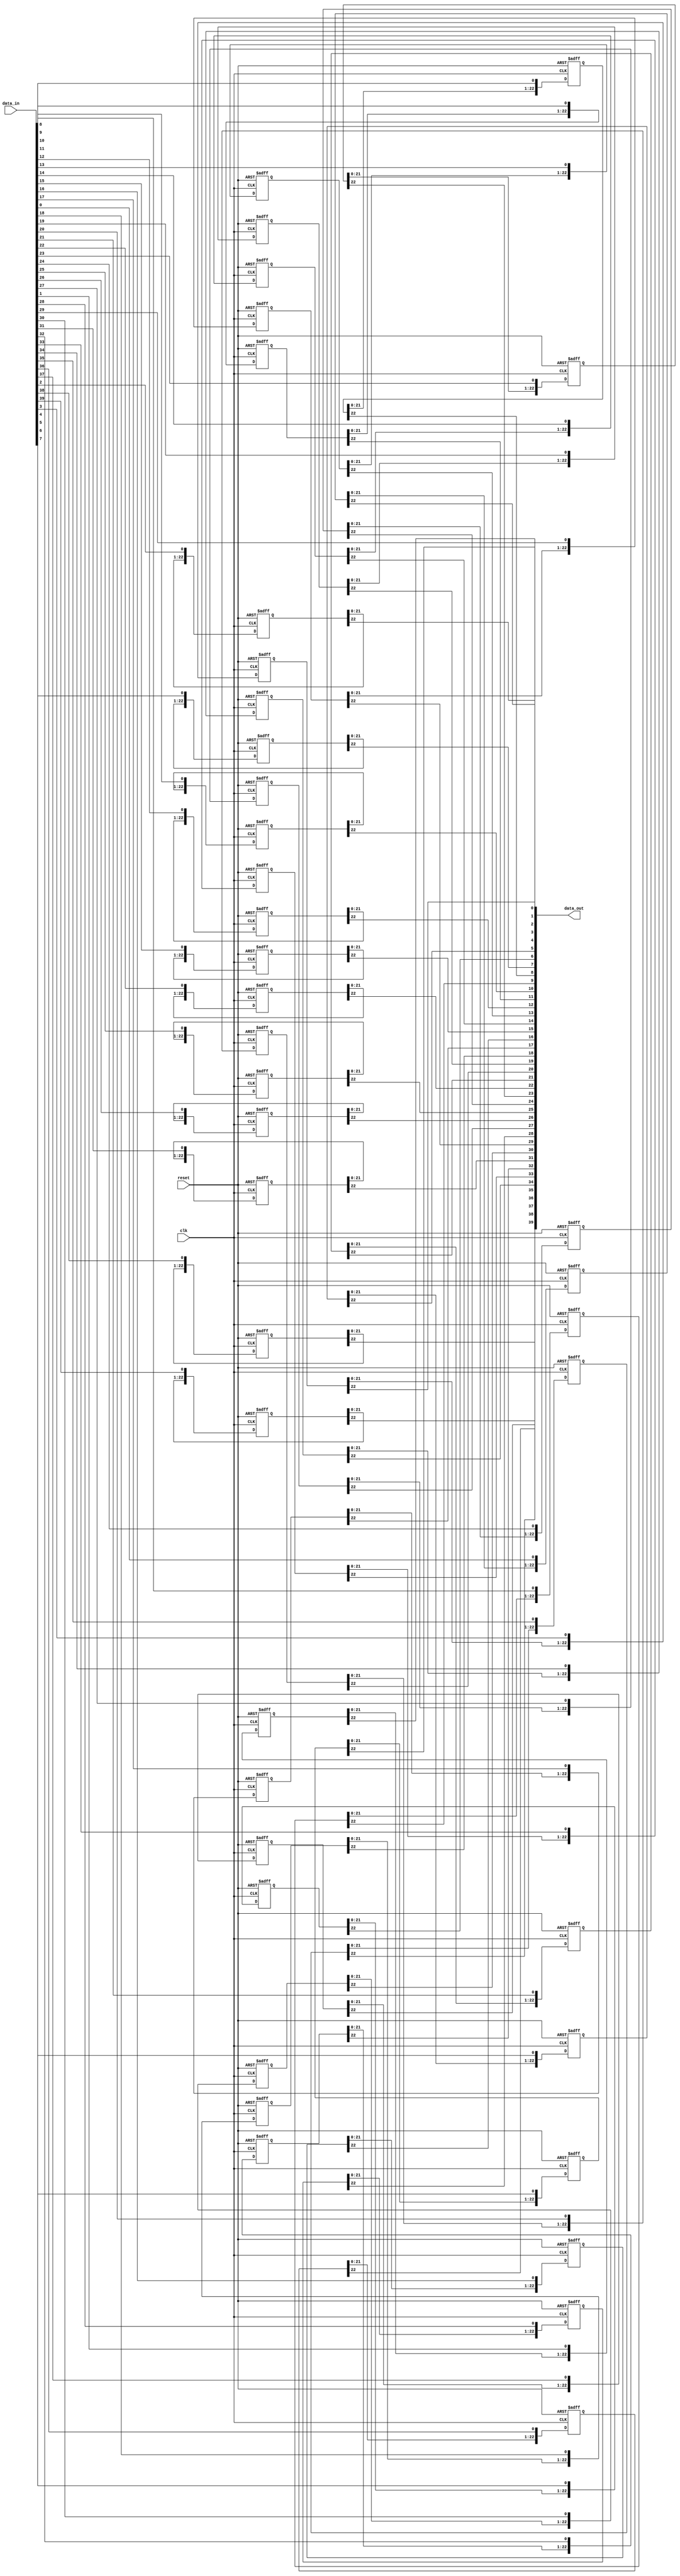
// Shifts data by a fixed depth.
// Optimize in future by finding a way to create 2-d arrays

module shift_40
(
  input clk,
  input reset,
  input signed [39:0] data_in,
  output signed [39:0] data_out
);

// Depth = D = n-k;
parameter IMAGE_WIDTH = 28;
parameter KERNEL_WIDTH = 5;
parameter D = IMAGE_WIDTH - KERNEL_WIDTH;

// Define holding register for each bit
reg [D-1:0] hr_0;
reg [D-1:0] hr_1;
reg [D-1:0] hr_2;
reg [D-1:0] hr_3;
reg [D-1:0] hr_4;
reg [D-1:0] hr_5;
reg [D-1:0] hr_6;
reg [D-1:0] hr_7;
reg [D-1:0] hr_8;
reg [D-1:0] hr_9;
reg [D-1:0] hr_10;
reg [D-1:0] hr_11;
reg [D-1:0] hr_12;
reg [D-1:0] hr_13;
reg [D-1:0] hr_14;
reg [D-1:0] hr_15;
reg [D-1:0] hr_16;
reg [D-1:0] hr_17;
reg [D-1:0] hr_18;
reg [D-1:0] hr_19;
reg [D-1:0] hr_20;
reg [D-1:0] hr_21;
reg [D-1:0] hr_22;
reg [D-1:0] hr_23;
reg [D-1:0] hr_24;
reg [D-1:0] hr_25;
reg [D-1:0] hr_26;
reg [D-1:0] hr_27;
reg [D-1:0] hr_28;
reg [D-1:0] hr_29;
reg [D-1:0] hr_30;
reg [D-1:0] hr_31;
reg [D-1:0] hr_32;
reg [D-1:0] hr_33;
reg [D-1:0] hr_34;
reg [D-1:0] hr_35;
reg [D-1:0] hr_36;
reg [D-1:0] hr_37;
reg [D-1:0] hr_38;
reg [D-1:0] hr_39;

always @ (posedge clk or posedge reset) begin
  if (reset) begin
    hr_0 <= 0;
    hr_1 <= 0;
    hr_2 <= 0;
    hr_3 <= 0;
    hr_4 <= 0;
    hr_5 <= 0;
    hr_6 <= 0;
    hr_7 <= 0;
    hr_8 <= 0;
    hr_9 <= 0;
    hr_10 <= 0;
    hr_11 <= 0;
    hr_12 <= 0;
    hr_13 <= 0;
    hr_14 <= 0;
    hr_15 <= 0;
    hr_16 <= 0;
    hr_17 <= 0;
    hr_18 <= 0;
    hr_19 <= 0;
    hr_20 <= 0;
    hr_21 <= 0;
    hr_22 <= 0;
    hr_23 <= 0;
    hr_24 <= 0;
    hr_25 <= 0;
    hr_26 <= 0;
    hr_27 <= 0;
    hr_28 <= 0;
    hr_29 <= 0;
    hr_30 <= 0;
    hr_31 <= 0;
    hr_32 <= 0;
    hr_33 <= 0;
    hr_34 <= 0;
    hr_35 <= 0;
    hr_36 <= 0;
    hr_37 <= 0;
    hr_38 <= 0;
    hr_39 <= 0;
  end else begin
    hr_0 [D-1:0] <= {hr_0[D-2:0], data_in[0]};
    hr_1 [D-1:0] <= {hr_1[D-2:0], data_in[1]};
    hr_2 [D-1:0] <= {hr_2[D-2:0], data_in[2]};
    hr_3 [D-1:0] <= {hr_3[D-2:0], data_in[3]};
    hr_4 [D-1:0] <= {hr_4[D-2:0], data_in[4]};
    hr_5 [D-1:0] <= {hr_5[D-2:0], data_in[5]};
    hr_6 [D-1:0] <= {hr_6[D-2:0], data_in[6]};
    hr_7 [D-1:0] <= {hr_7[D-2:0], data_in[7]};
    hr_8 [D-1:0] <= {hr_8[D-2:0], data_in[8]};
    hr_9 [D-1:0] <= {hr_9[D-2:0], data_in[9]};
    hr_10 [D-1:0] <= {hr_10[D-2:0], data_in[10]};
    hr_11 [D-1:0] <= {hr_11[D-2:0], data_in[11]};
    hr_12 [D-1:0] <= {hr_12[D-2:0], data_in[12]};
    hr_13 [D-1:0] <= {hr_13[D-2:0], data_in[13]};
    hr_14 [D-1:0] <= {hr_14[D-2:0], data_in[14]};
    hr_15 [D-1:0] <= {hr_15[D-2:0], data_in[15]};
    hr_16 [D-1:0] <= {hr_16[D-2:0], data_in[16]};
    hr_17 [D-1:0] <= {hr_17[D-2:0], data_in[17]};
    hr_18 [D-1:0] <= {hr_18[D-2:0], data_in[18]};
    hr_19 [D-1:0] <= {hr_19[D-2:0], data_in[19]};
    hr_20 [D-1:0] <= {hr_20[D-2:0], data_in[20]};
    hr_21 [D-1:0] <= {hr_21[D-2:0], data_in[21]};
    hr_22 [D-1:0] <= {hr_22[D-2:0], data_in[22]};
    hr_23 [D-1:0] <= {hr_23[D-2:0], data_in[23]};
    hr_24 [D-1:0] <= {hr_24[D-2:0], data_in[24]};
    hr_25 [D-1:0] <= {hr_25[D-2:0], data_in[25]};
    hr_26 [D-1:0] <= {hr_26[D-2:0], data_in[26]};
    hr_27 [D-1:0] <= {hr_27[D-2:0], data_in[27]};
    hr_28 [D-1:0] <= {hr_28[D-2:0], data_in[28]};
    hr_29 [D-1:0] <= {hr_29[D-2:0], data_in[29]};
    hr_30 [D-1:0] <= {hr_30[D-2:0], data_in[30]};
    hr_31 [D-1:0] <= {hr_31[D-2:0], data_in[31]};
    hr_32 [D-1:0] <= {hr_32[D-2:0], data_in[32]};
    hr_33 [D-1:0] <= {hr_33[D-2:0], data_in[33]};
    hr_34 [D-1:0] <= {hr_34[D-2:0], data_in[34]};
    hr_35 [D-1:0] <= {hr_35[D-2:0], data_in[35]};
    hr_36 [D-1:0] <= {hr_36[D-2:0], data_in[36]};
    hr_37 [D-1:0] <= {hr_37[D-2:0], data_in[37]};
    hr_38 [D-1:0] <= {hr_38[D-2:0], data_in[38]};
    hr_39 [D-1:0] <= {hr_39[D-2:0], data_in[39]};
  end
end

assign data_out[0] = hr_0[D-1];
assign data_out[1] = hr_1[D-1];
assign data_out[2] = hr_2[D-1];
assign data_out[3] = hr_3[D-1];
assign data_out[4] = hr_4[D-1];
assign data_out[5] = hr_5[D-1];
assign data_out[6] = hr_6[D-1];
assign data_out[7] = hr_7[D-1];
assign data_out[8] = hr_8[D-1];
assign data_out[9] = hr_9[D-1];
assign data_out[10] = hr_10[D-1];
assign data_out[11] = hr_11[D-1];
assign data_out[12] = hr_12[D-1];
assign data_out[13] = hr_13[D-1];
assign data_out[14] = hr_14[D-1];
assign data_out[15] = hr_15[D-1];
assign data_out[16] = hr_16[D-1];
assign data_out[17] = hr_17[D-1];
assign data_out[18] = hr_18[D-1];
assign data_out[19] = hr_19[D-1];
assign data_out[20] = hr_20[D-1];
assign data_out[21] = hr_21[D-1];
assign data_out[22] = hr_22[D-1];
assign data_out[23] = hr_23[D-1];
assign data_out[24] = hr_24[D-1];
assign data_out[25] = hr_25[D-1];
assign data_out[26] = hr_26[D-1];
assign data_out[27] = hr_27[D-1];
assign data_out[28] = hr_28[D-1];
assign data_out[29] = hr_29[D-1];
assign data_out[30] = hr_30[D-1];
assign data_out[31] = hr_31[D-1];
assign data_out[32] = hr_32[D-1];
assign data_out[33] = hr_33[D-1];
assign data_out[34] = hr_34[D-1];
assign data_out[35] = hr_35[D-1];
assign data_out[36] = hr_36[D-1];
assign data_out[37] = hr_37[D-1];
assign data_out[38] = hr_38[D-1];
assign data_out[39] = hr_39[D-1];

endmodule